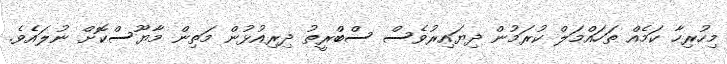
މިހުރިހާ ކަމެއް ތަހައްމަލް ކުރަމުން ދިޔައިރުވެސް ސްބްރީތު ދިރިއުޅުން މަތިން މާޔޫސްކޮށް ނުލައެވެ.